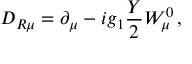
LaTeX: D _ { R \mu } = \partial _ { \mu } - i g _ { 1 } \frac { Y } { 2 } W _ { \mu } ^ { 0 } \, ,